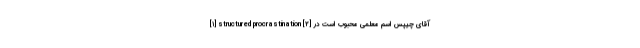
[۱] structured procrastination [۲] آقای چیپس اسم معلمی محبوب است در